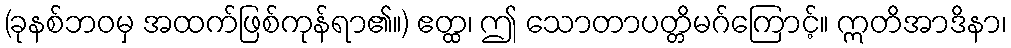
(ခုနစ်ဘဝမှ အထက်ဖြစ်ကုန်ရာ၏။) ဧတ္ထ၊ ဤ သောတာပတ္တိမဂ်ကြောင့်။ ဣတိအာဒိနာ၊